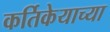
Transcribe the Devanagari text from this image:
कर्तिकेयाच्या